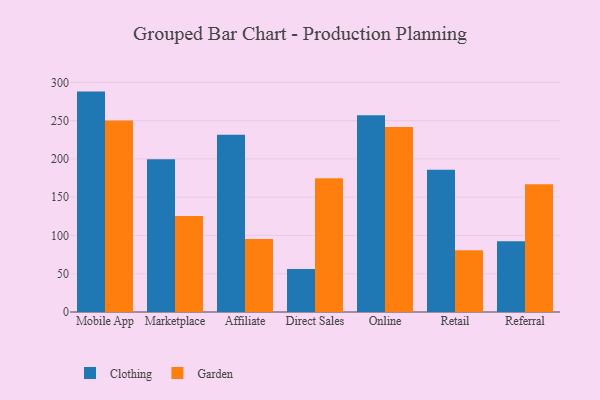
{"axis": {"x": "Channel", "y": "Gross Profit (USD K)"}, "legend": ["Clothing", "Garden"], "data": [{"x": "Mobile App", "y": 287.9, "type": "Clothing"}, {"x": "Mobile App", "y": 250.3, "type": "Garden"}, {"x": "Marketplace", "y": 199.6, "type": "Clothing"}, {"x": "Marketplace", "y": 125.5, "type": "Garden"}, {"x": "Affiliate", "y": 231.5, "type": "Clothing"}, {"x": "Affiliate", "y": 95.4, "type": "Garden"}, {"x": "Direct Sales", "y": 56.2, "type": "Clothing"}, {"x": "Direct Sales", "y": 174.6, "type": "Garden"}, {"x": "Online", "y": 257.1, "type": "Clothing"}, {"x": "Online", "y": 241.6, "type": "Garden"}, {"x": "Retail", "y": 185.7, "type": "Clothing"}, {"x": "Retail", "y": 80.6, "type": "Garden"}, {"x": "Referral", "y": 92.3, "type": "Clothing"}, {"x": "Referral", "y": 167.0, "type": "Garden"}]}